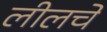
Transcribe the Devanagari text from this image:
लीलचे